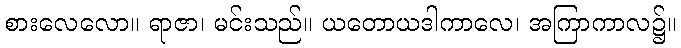
စားလေလော။ ရာဇာ၊ မင်းသည်။ ယတောယဒါကာလေ၊ အကြာကာလ၌။